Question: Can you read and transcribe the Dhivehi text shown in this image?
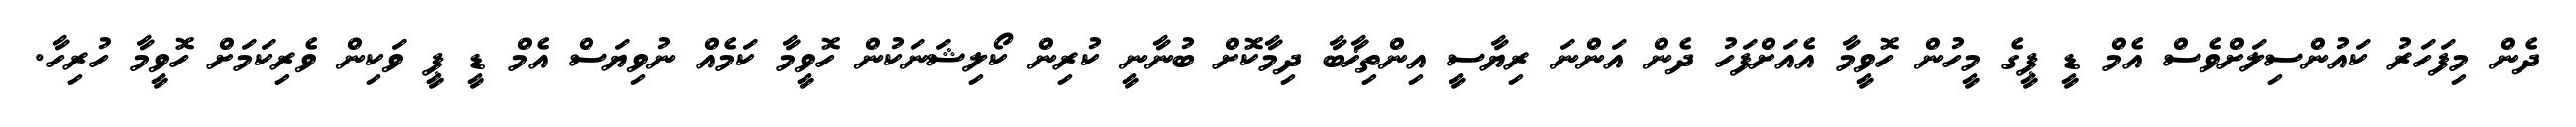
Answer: ދެން މިފަހަރު ކައުންސިލަށްވެސް އެމް ޑީ ޕީގެ މީހުން ހޮވީމާ އެއަށްފަހު ދެން އަންނަ ރިޔާސީ އިންތިޚާބާ ދިމާކޮށް ބުނާނީ ކުރިން ކޯލިޝަނަކުން ހޮވީމާ ކަމެއް ނުވިޔަސް އެމް ޑީ ޕީ ވަކިން ވެރިކަމަށް ހޮވީމާ ހުރިހާ.